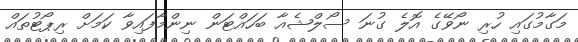
މަގާމުގައި ހުރި ނޯވޭގެ އޮލެ ގުނަ ސޯލްޝެއާ ބަހައްޓަން ނިންމާފައިވާ ކަމަށް ރިޕޯޓުތައް